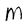
Character: m